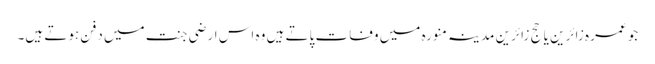
جو عمرہ زائرین یا حج زائرین مدینہ منورہ میں وفات پاتے ہیں وہ اس ارضی جنت میں دفن ہوتے ہیں۔